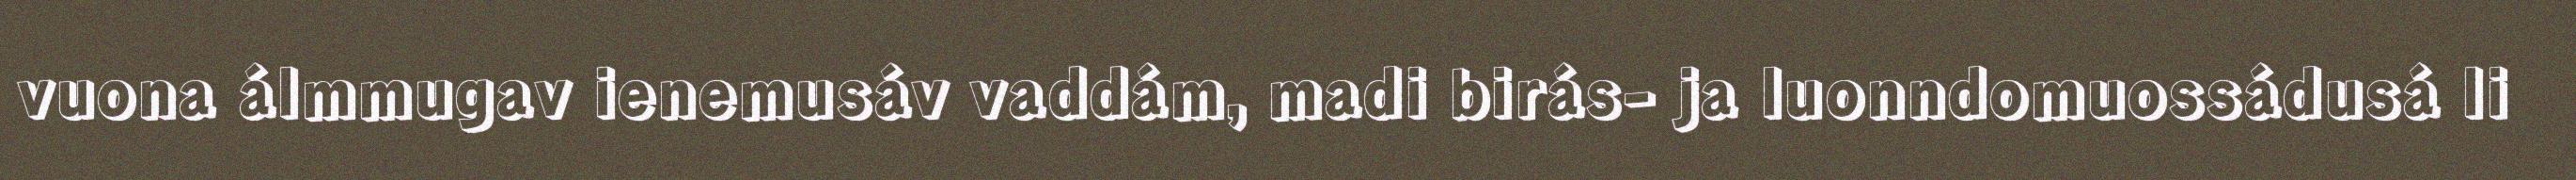
vuona álmmugav ienemusáv vaddám, madi birás- ja luonndomuossádusá li